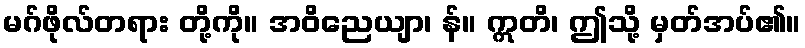
မဂ်ဖိုလ်တရား တို့ကို။ အဝိညေယျာ၊ န်။ ဣတိ၊ ဤသို့ မှတ်အပ်၏။